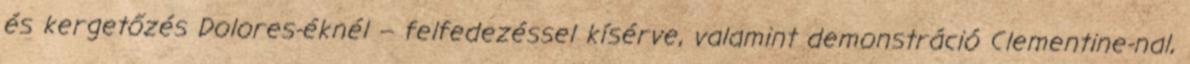
és kergetőzés Dolores-éknél – felfedezéssel kísérve, valamint demonstráció Clementine-nal,